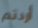
أردتم